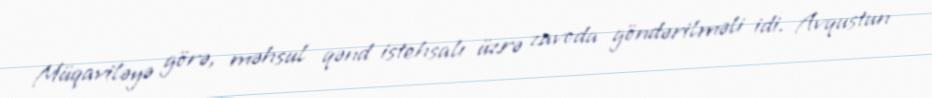
Müqaviləyə görə, məhsul qənd istehsalı üzrə zavoda göndərilməli idi. Avqustun